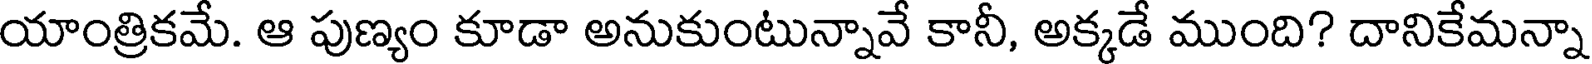
యాంత్రికమే. ఆ పుణ్యం కూడా అనుకుంటున్నావే కానీ, అక్కడే ముంది? దానికేమన్నా